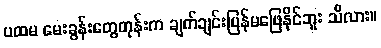
ပထမ မေးခွန်းတွေတုန်းက ချက်ချင်းပြန်မဖြေနိုင်ဘူး သိလား။